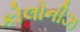
કોલોનીઝ